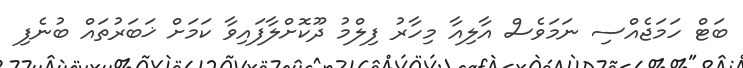
ބަޓް ހަމަޖެއްސި ނަމަވެސް އާލިއާ މިހާރު ފިލްމު ދޫކޮށްލާފައިވާ ކަމަށް ޚަބަރުތައް ބުނެފި